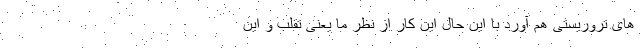
های تروریستی هم آورد با این حال این کار از نظر ما یعنی تقلب و این